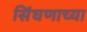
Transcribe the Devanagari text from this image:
सिंघणाच्या